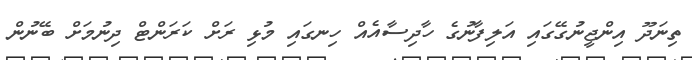
ތިނަދޫ އިންޖީނުގޭގައި އަލިފާނުގެ ހާދިސާއެއް ހިނގައި މުޅި ރަށް ކަރަންޓް ދިނުމަށް ބޭނުން